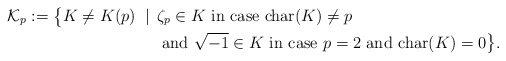
\begin{align*}\mathcal{K}_p:=\big\{ K \neq K(p) \;\mid\;\, & \zeta_p \in K \textrm{ in case }\mathrm{char}(K)\neq p \\& \textrm{ and }\sqrt{-1} \in K \textrm{ in case }p=2 \textrm{ and }\mathrm{char}(K)=0 \big\}.\end{align*}